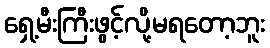
ရှေ့မီးကြီးဖွင့်လို့မရတော့ဘူး